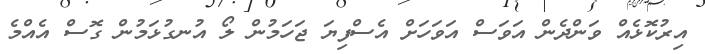
އިރުކޮޅެއް ވަންދެން އަވަސް އަވަހަށް އެސްފިޔަ ޖަހަމުން ލޯ އުނގުޅަމުން ގޮސް އެއްމެ